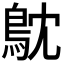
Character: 𮬮